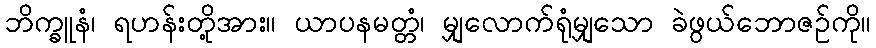
ဘိက္ခူနံ၊ ရဟန်းတို့အား။ ယာပနမတ္တံ၊ မျှလောက်ရုံမျှသော ခဲဖွယ်ဘောဇဉ်ကို။